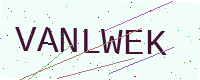
Text: VANLWEK